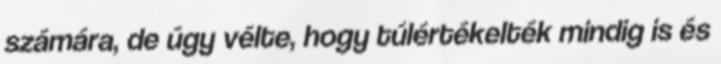
számára, de úgy vélte, hogy túlértékelték mindig is és